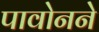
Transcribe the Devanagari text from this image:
पावोनने